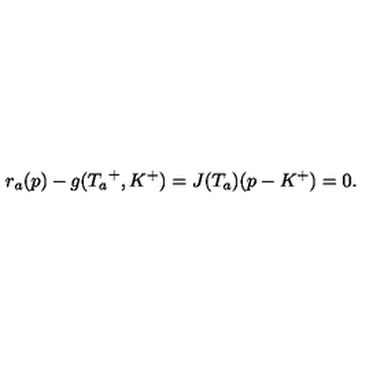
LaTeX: r _ { a } ( p ) - g ( { T _ { a } } ^ { + } , K ^ { + } ) = J ( T _ { a } ) ( p - K ^ { + } ) = 0 .